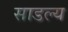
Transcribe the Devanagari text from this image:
साडल्य